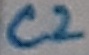
Text: C2